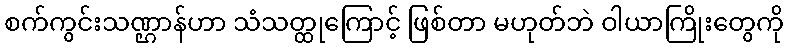
စက်ကွင်းသဏ္ဌာန်ဟာ သံသတ္ထုကြောင့် ဖြစ်တာ မဟုတ်ဘဲ ဝါယာကြိုးတွေကို